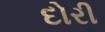
દોરી